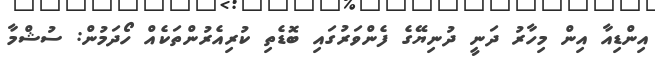
އިންޑިއާ އިން މިހާރު ދަނީ ދުނިޔޭގެ ފެންވަރުގައި ބޮޑެތި ކުރިއެރުންތަކެއް ހޯދަމުން: ސުޝްމާ